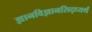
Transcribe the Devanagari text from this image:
ज्ञानविज्ञानसिद्ध्यर्थं